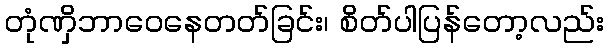
တုံဏှိဘာဝေနေတတ်ခြင်း၊ စိတ်ပါပြန်တော့လည်း